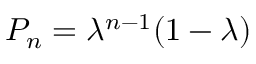
P _ { n } = \lambda ^ { n - 1 } ( 1 - \lambda )